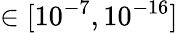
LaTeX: \in[10^{-7},10^{-16}]